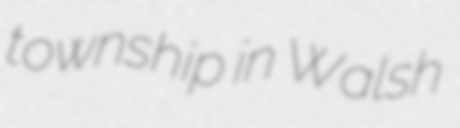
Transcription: township in Walsh